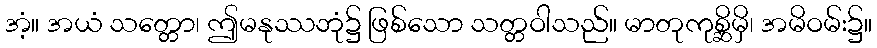
အံ့။ အယံ သတ္တော၊ ဤမနုဿဘုံ၌ ဖြစ်သော သတ္တဝါသည်။ မာတုကုစ္ဆိမှိ၊ အမိဝမ်း၌။